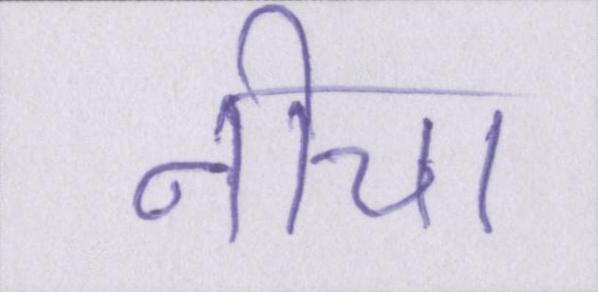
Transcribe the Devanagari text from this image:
नीचा